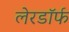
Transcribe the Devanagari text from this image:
लेरडॉर्फ